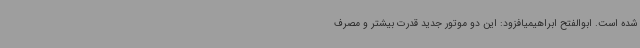
شده است. ابوالفتح ابراهیمیافزود: این دو موتور جدید قدرت بیشتر و مصرف